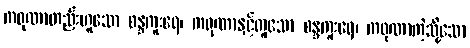
ကရုဏာတည်းဟူသော စန္ဒကူးရေ၊ ကရုဏာနှင့်တူသော စန္ဒကူးရေ၊ ကရုဏာကဲ့သို့သော